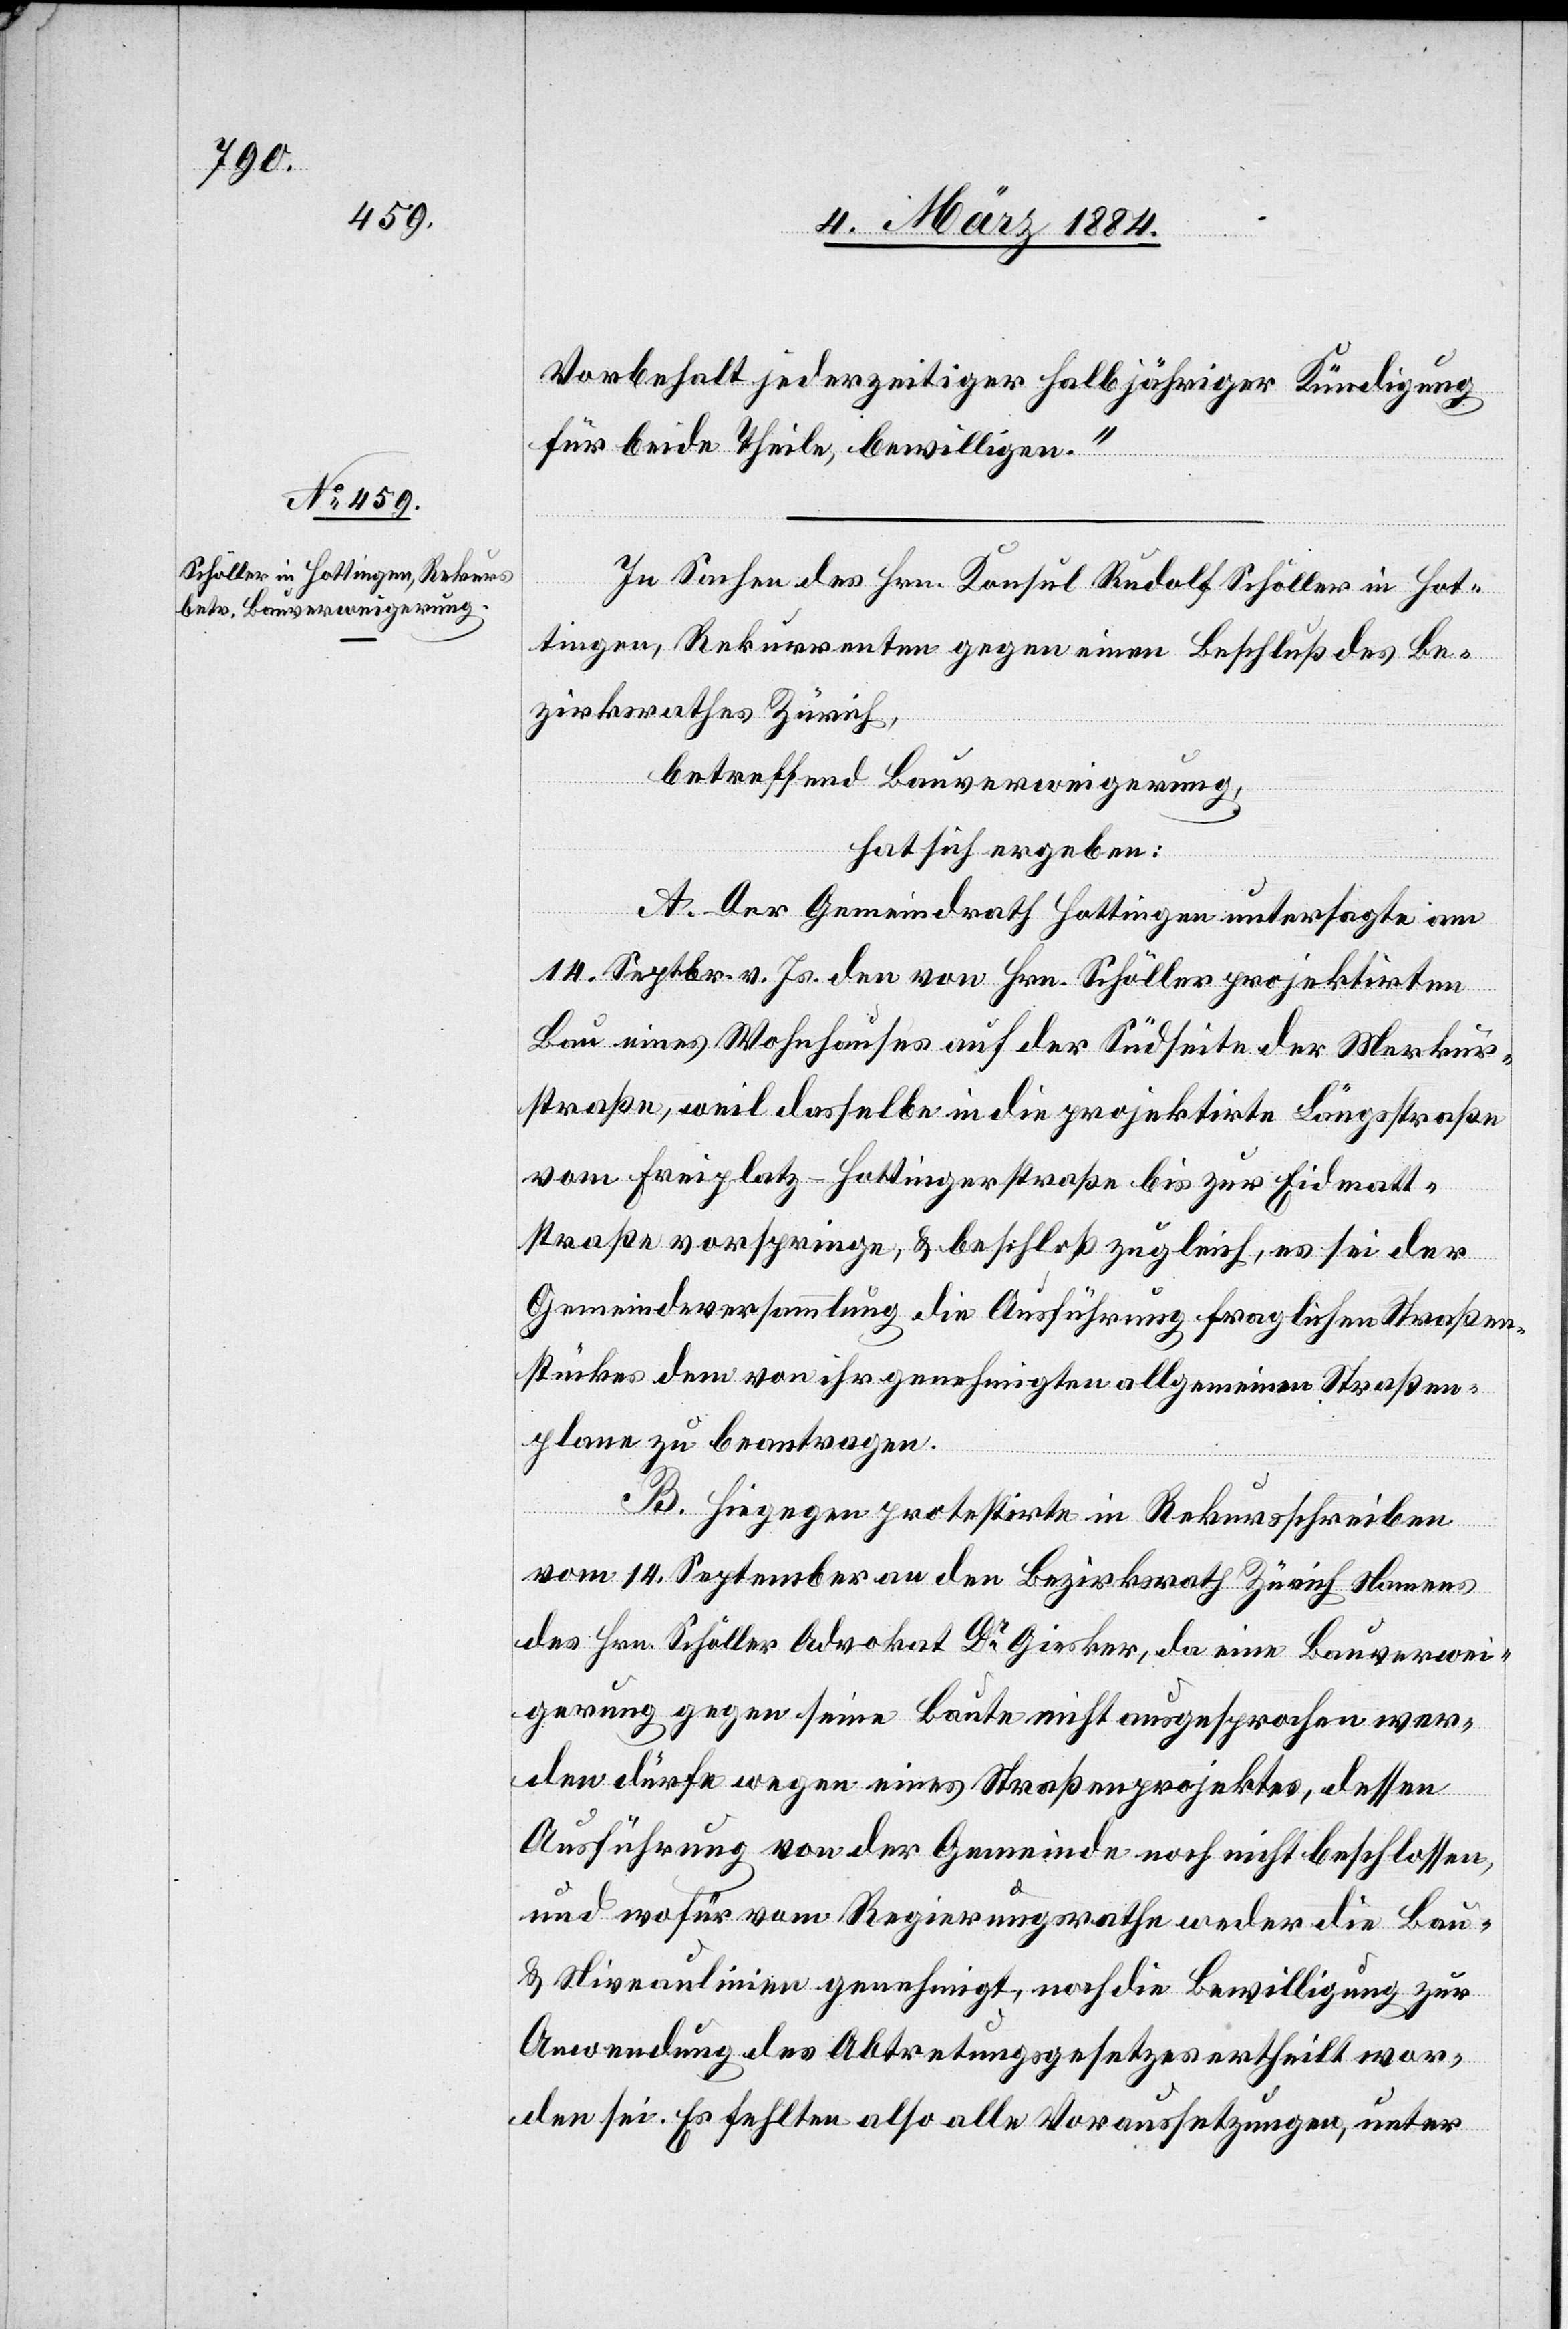
Vorbehalt jederzeitiger halbjähriger Kündigung
für beide Theile, bewilligen.“
In Sachen des Hrn. Konsul Rudolf Schöller in Hot¬
tingen, Rekurrenten gegen einen Beschluß des Be¬
zirksrathes Zürich,
betreffend Bauverweigerung,
hat sich ergeben:
A. Der Gemeindrath Hottingen untersagte am
14. Septbr. v. Js. den von Hrn. Schöller projektirten
Bau eines Wohnhauses auf der Südseite der Merkur¬
straße, weil dasselbe in die projektierte Längsstraße
vom Freiplatz–Hottingerstraße bis zur Eidmatt¬
straße vorspringe, & beschloß zugleich, es sei der
Gemeindeversammlung die Ausführung fraglichen Straßen¬
stückes nach dem von ihr genehmigten allgemeinen Straßen¬
plane zu beantragen.
B. Hiegegen protestirte in Rekursschreiben
vom 14. September an den Bezirksrath Zürich Namens
des Hrn. Schöller Advokat Dr Giesker, da eine Bauverwei¬
gerung gegen seine Baute nicht angesprochen wer¬
den dürfe wegen eines Straßenprojektes, dessen
Ausführung von der Gemeinde noch nicht beschlossen,
und wofür vom Regierungsrathe weder die Bau-
& Niveaulinie genehmigt, noch die Bewilligung zur
Anordnung des Abtretungsgesetzes ertheilt wor¬
den sei. Es fehlten also alle Voraussetzungen, unter